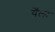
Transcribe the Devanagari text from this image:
येँला